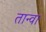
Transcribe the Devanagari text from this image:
तान्वा